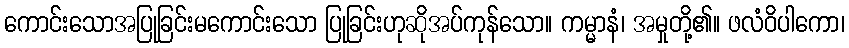
ကောင်းသောအပြုခြင်းမကောင်းသော ပြုခြင်းဟုဆိုအပ်ကုန်သော။ ကမ္မာနံ၊ အမှုတို့၏။ ဖလံဝိပါကော၊